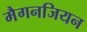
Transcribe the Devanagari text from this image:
मैगनजियन